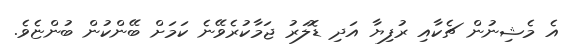
އެ މެޝިނުން ޗެކާއި ރުފިޔާ އަދި ޑޮލަރު ޖަމާކުރެވޭނެ ކަމަށް ބޭންކުން ބުންޏެވެ.